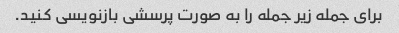
برای جمله زیر جمله را به صورت پرسشی بازنویسی کنید.